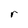
Character: r